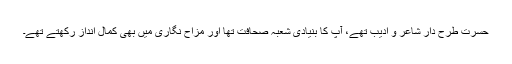
حسرت طرح دار شاعر و ادیب تھے، آپ کا بنیادی شعبہ صحافت تھا اور مزاح نگاری میں بھی کمال انداز رکھتے تھے۔